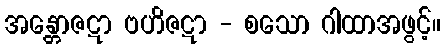
အန္တောဇဋာ ဗဟိဇဋာ - စသော ဂါထာအဖွင့်။